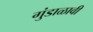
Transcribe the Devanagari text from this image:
गुंडाळावी